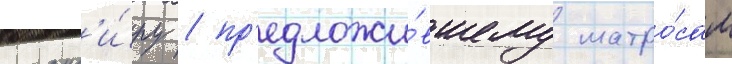
команд'и́ру / пр'едложи́вшему матро́сам